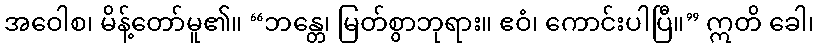
အဝေါစ၊ မိန့်တော်မူ၏။ “ဘန္တေ၊ မြတ်စွာဘုရား။ ဧဝံ၊ ကောင်းပါပြီ။” ဣတိ ခေါ၊